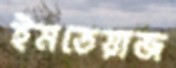
ইমতেয়াজ